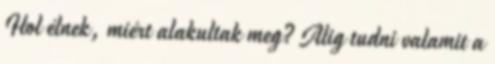
Hol élnek, miért alakultak meg? Alig tudni valamit a